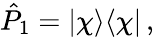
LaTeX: \hat{P}_{1}=|\chi\rangle\langle\chi|\, ,